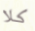
كلا